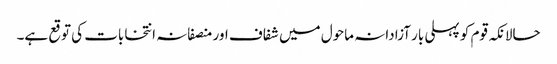
حالانکہ قوم کو پہلی بار آزادانہ ماحول میں شفاف اور منصفانہ انتخابات کی توقع ہے۔